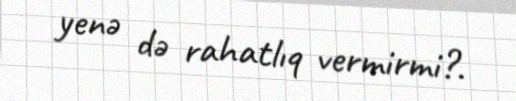
yenə də rahatlıq vermirmi?.